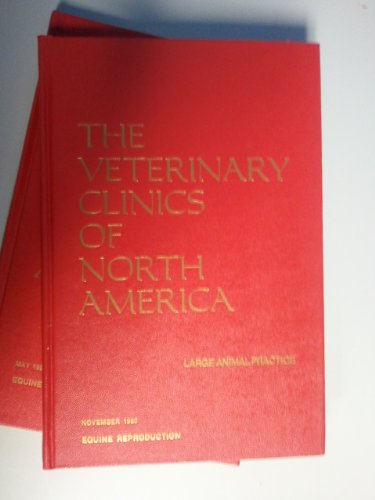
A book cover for Large Animal Practice / Gastroenterology (The Veterinary Clinics of North America, Volume 1, Number 2, November 1979); Alfred M. Merritt; Medical Books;